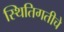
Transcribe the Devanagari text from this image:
स्थितिगतीचे